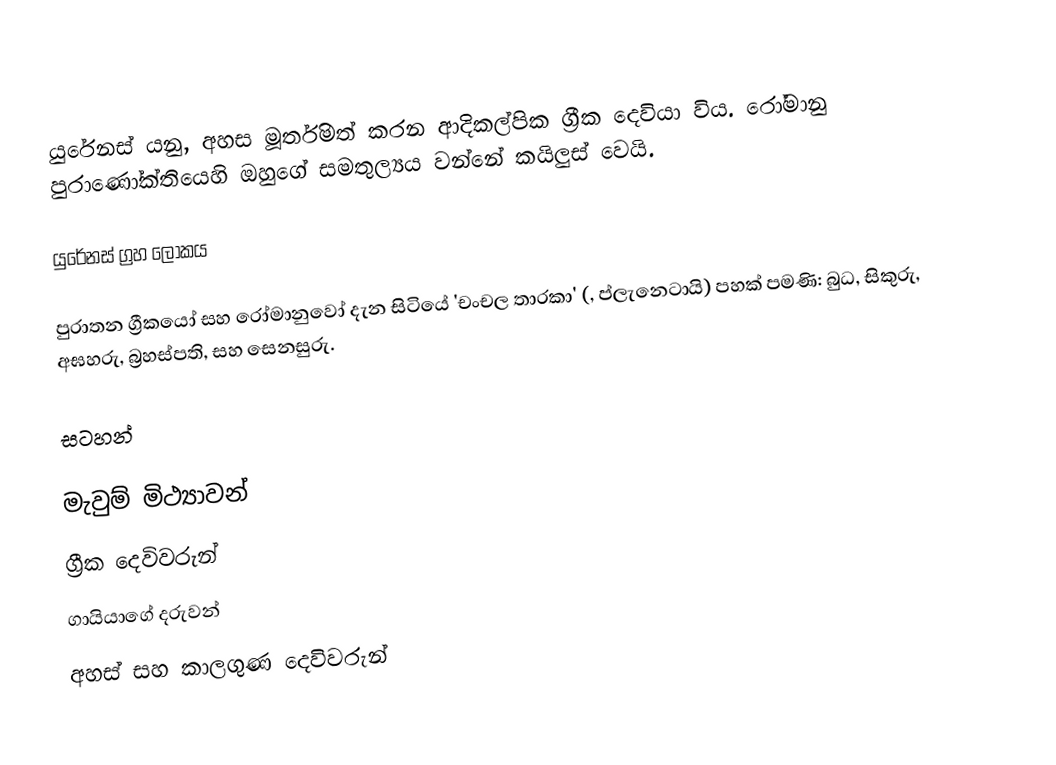
යුරේනස් යනු, අහස මූර්තිමත් කරන ආදිකල්පික ග්‍රීක දෙවියා විය. රෝමානු පුරාණෝක්තියෙහි ඔහුගේ  සමතුල්‍යය වන්නේ  කයිලුස් වෙයි.

යුරේනස් ග්‍රහ ලෝකය

පුරාතන ග්‍රීකයෝ සහ රෝමානුවෝ දැන සිටියේ  'චංචල තාරකා' (, ප්ලැනෙටායි) පහක් පමණි: බුධ, සිකුරු, අඝහරු, බ්‍රහස්පති, සහ සෙනසුරු.

සටහන්

මැවුම් මිථ්‍යාවන්
ග්‍රීක දෙවිවරුන්
ගායියාගේ දරුවන්
අහස් සහ කාලගුණ දෙවිවරුන්